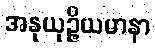
အနုယုဉ္ဇိယမာနာ